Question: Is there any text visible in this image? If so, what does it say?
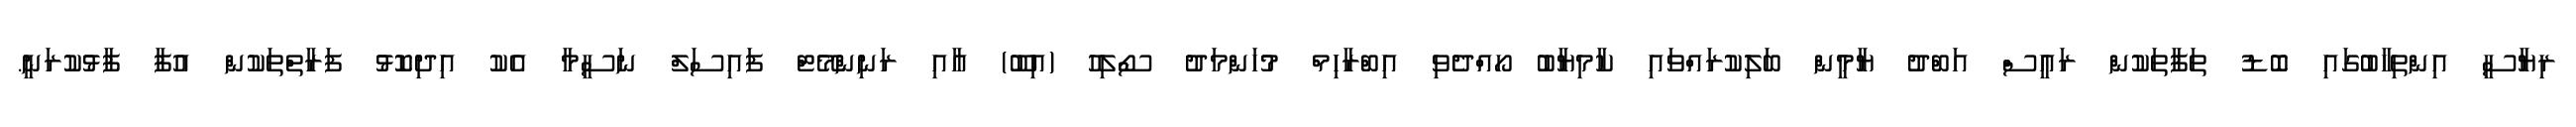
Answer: ރިޔާސީ އިންތިހާބުގައި ބޮޑު ތަފާތަކުން ރައީސް އަބްދު ޔާމީން ބަލިކުރައްވައި ކާމިޔާބު ހޯއްދެވި އިބްރާހިމް މުހަންމަދު ސޯލިހު (އިބޫ) އާއި ރަނިންމޭޓް ފައިސަލް ނަސީމާ އެކު އިދިކޮޅު ފަރާތްތަކުން އުފާ ފާޅުކުރަނީ.